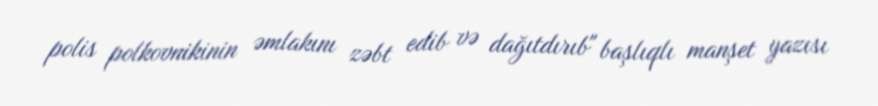
polis polkovnikinin əmlakını zəbt edib və dağıtdırıb" başlıqlı manşet yazısı